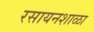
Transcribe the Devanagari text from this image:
रसायनशाळा